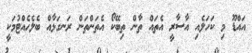
އައްޑޫ މި ކަހަލެއި އާސާރީ އެތައް ތާން ތިބޭކޯ އެތަންތަން ރަނގަޅާއް ބެލެހެއްޓުމަކީ